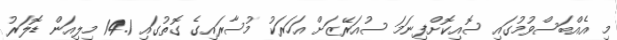
މި އެއްބަސްވުމުގައި ސޮއިކޮށްފިނަމަ ސުއަރޭޒަށް އަހަރަކު މުސާރައިގެ ގޮތުގައި 14.1 މިލިއަން ޑޮލަރު